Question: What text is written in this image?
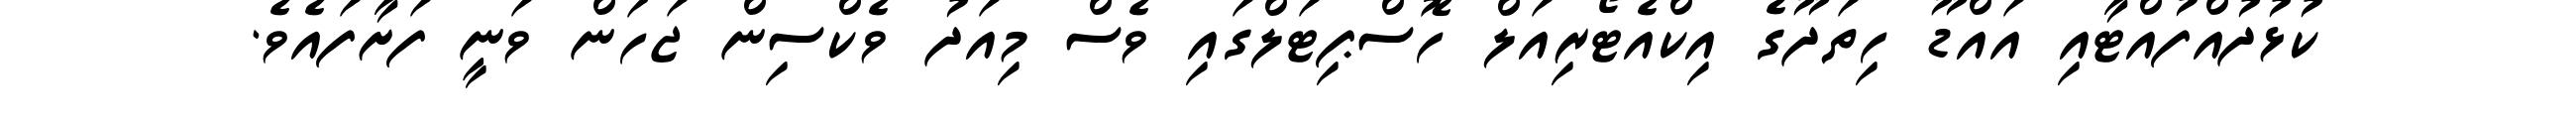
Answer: ކުޅުދުއްފުއްޓާއި އައްޑޫ ހިތަދޫގެ އިކްއެޓޯރިއަލް ހޮސްޕިޓަލްގައި ވެސް މިއަދު ވެކްސިން ޖަހަން ވަނީ ފަށާފައެވެ.